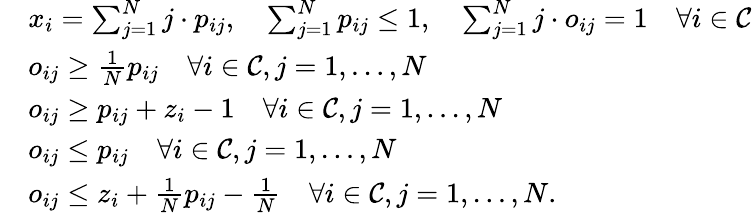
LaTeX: \begin{array}{rl}&{x_{i}=\sum_{j=1}^{N}j\cdot p_{ij},\quad\sum_{j=1}^{N}p_{ij}\leq 1,\quad\sum_{j=1}^{N}j\cdot o_{ij}=1\quad\forall i\in\mathcal{C}}\\ &{o_{ij}\geq\frac{1}{N}p_{ij}\quad\forall i\in\mathcal{C},j=1,\dots,N}\\ &{o_{ij}\geq p_{ij}+z_{i}-1\quad\forall i\in\mathcal{C},j=1,\dots,N}\\ &{o_{ij}\leq p_{ij}\quad\forall i\in\mathcal{C},j=1,\dots,N}\\ &{o_{ij}\leq z_{i}+\frac{1}{N}p_{ij}-\frac{1}{N}\quad\forall i\in\mathcal{C},j=1,\dots,N.}\end{array}